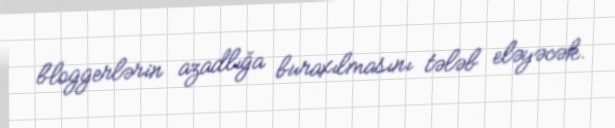
bloggerlərin azadlığa buraxılmasını tələb eləyəcək.